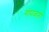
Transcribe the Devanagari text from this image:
गोपाळांनी